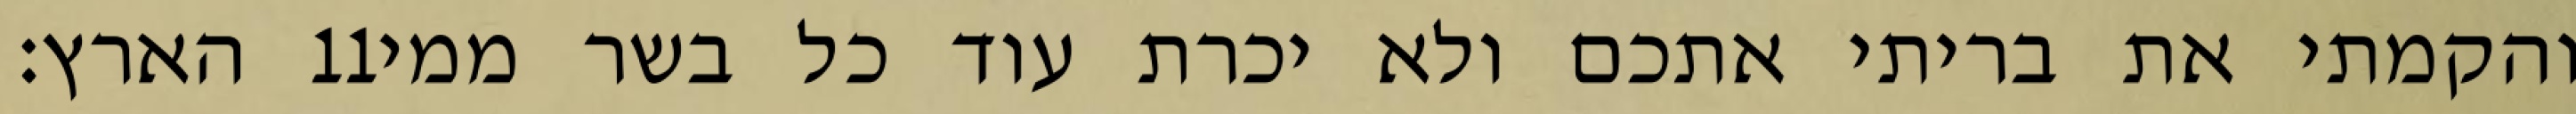
הארץ׃ ‎11‏ והקמתי את בריתי אתכם ולא יכרת עוד כל בשר ממי